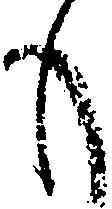
も